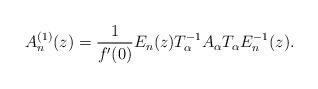
LaTeX: \begin{align*} A_n^{(1)}(z) = \frac{1}{f'(0)} E_n(z) T_{\alpha}^{-1} A_{\alpha} T_{\alpha}E_n^{-1}(z). \end{align*}